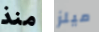
منذ ميلز